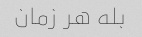
بله هر زمان